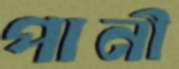
পানী